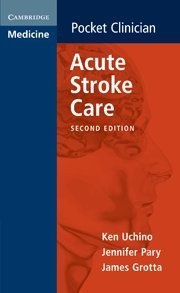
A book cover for Acute Stroke Care (Cambridge Pocket Clinicians); Ken Uchino; Health, Fitness & Dieting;